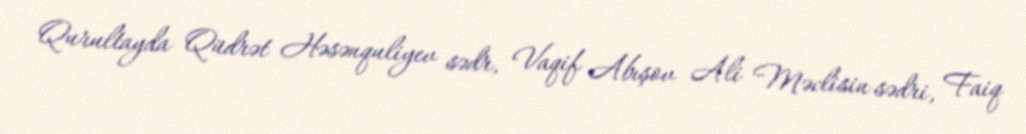
Qurultayda Qüdrət Həsənquliyev sədr, Vaqif Abışov Ali Məclisin sədri, Faiq